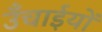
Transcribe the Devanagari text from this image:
उँचाईयों